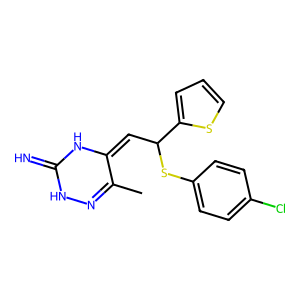
SMILES: CC1=NNC(=N)NC1=CC(Sc1ccc(Cl)cc1)c1cccs1
Inhibits HIV replication: No